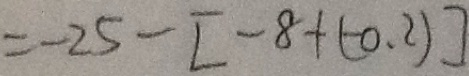
= - 2 5 - [ - 8 + ( - 0 . 2 ) ]